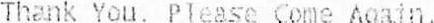
THANK YOU. PLEASE COME AGAIN